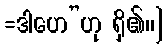
=ဒါဟေ”ဟု ရှိ၏၊၊]